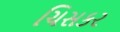
ચિસકર